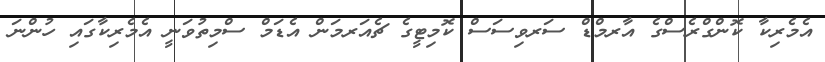
އެމެރިކާ ކޮންގްރެސްގެ އާރމްޑް ސަރވިސަސް ކޮމިޓީގެ ޗެއަރމަން އެޑަމް ސްމިތުވަނީ އެމެރިކާގައި ހުންނަ